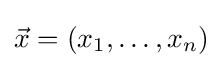
{\vec {x}}=(x_{1},\dots ,x_{n})